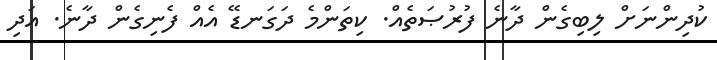
ކުދިންނަށް ލިބިގެން ދާނެ ފުރުޞަތެެއް. ކިތަންމެ ދަގަނޑޭ އެއް ފެނިގެން ދާނެ. އަދި